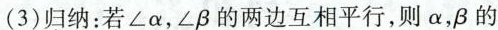
(3)归纳：若∠α，∠β的两边互相平行，则α，β的